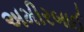
અમીરબાઈ